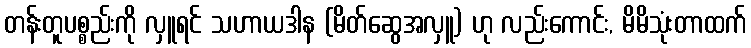
တန်းတူပစ္စည်းကို လှူရင် သဟာယဒါန (မိတ်ဆွေအလှူ) ဟု လည်းကောင်း, မိမိသုံးတာထက်